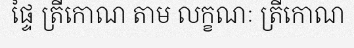
ផ្ទៃ ត្រីកោណ តាម លក្ខណៈ ត្រីកោណ